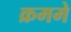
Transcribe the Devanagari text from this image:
क्रममे